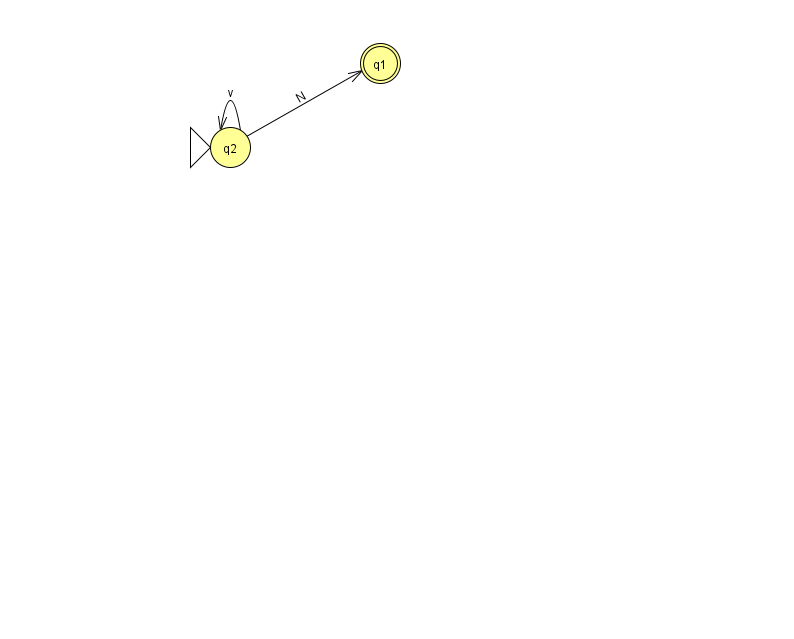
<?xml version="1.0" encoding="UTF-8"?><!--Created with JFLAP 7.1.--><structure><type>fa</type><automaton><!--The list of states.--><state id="1" name="q1"><x>380.0</x><y>50.0</y><final/></state><state id="2" name="q2"><x>230.0</x><y>134.0</y><initial/></state><!--The list of transitions.--><transition><from>2</from><to>2</to><read>v</read></transition><transition><from>2</from><to>1</to><read>N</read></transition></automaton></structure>